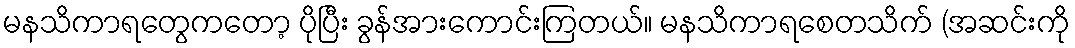
မနသိကာရတွေကတော့ ပိုပြီး ခွန်အားကောင်းကြတယ်။ မနသိကာရစေတသိက် (အဆင်းကို